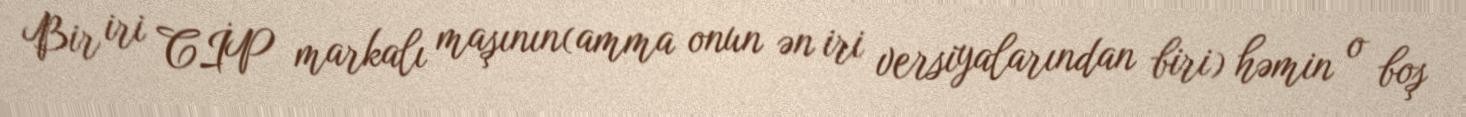
Bir iri CİP markalı maşının(amma onun ən iri versiyalarından biri) həmin o boş